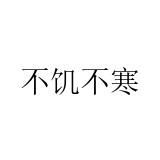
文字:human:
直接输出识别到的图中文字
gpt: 不饥不寒